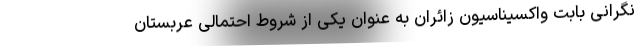
نگرانی بابت واکسیناسیون زائران به عنوان یکی از شروط احتمالی عربستان